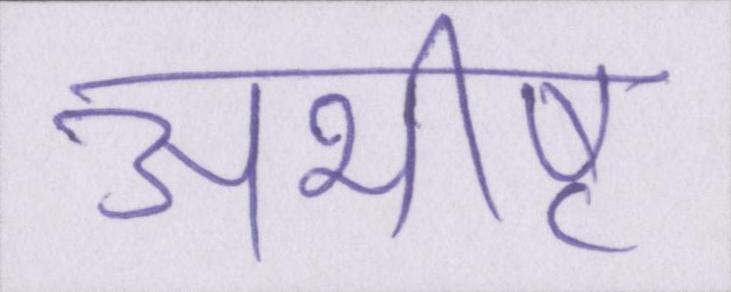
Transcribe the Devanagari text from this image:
अभीष्ट